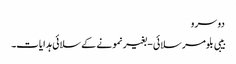
دوسرو
بیبی بلومر سلائی - بغیر نمونے کے سلائی ہدایات۔